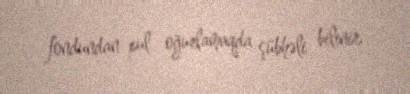
fondundan pul oğurlamaqda şübhəli bilinir.